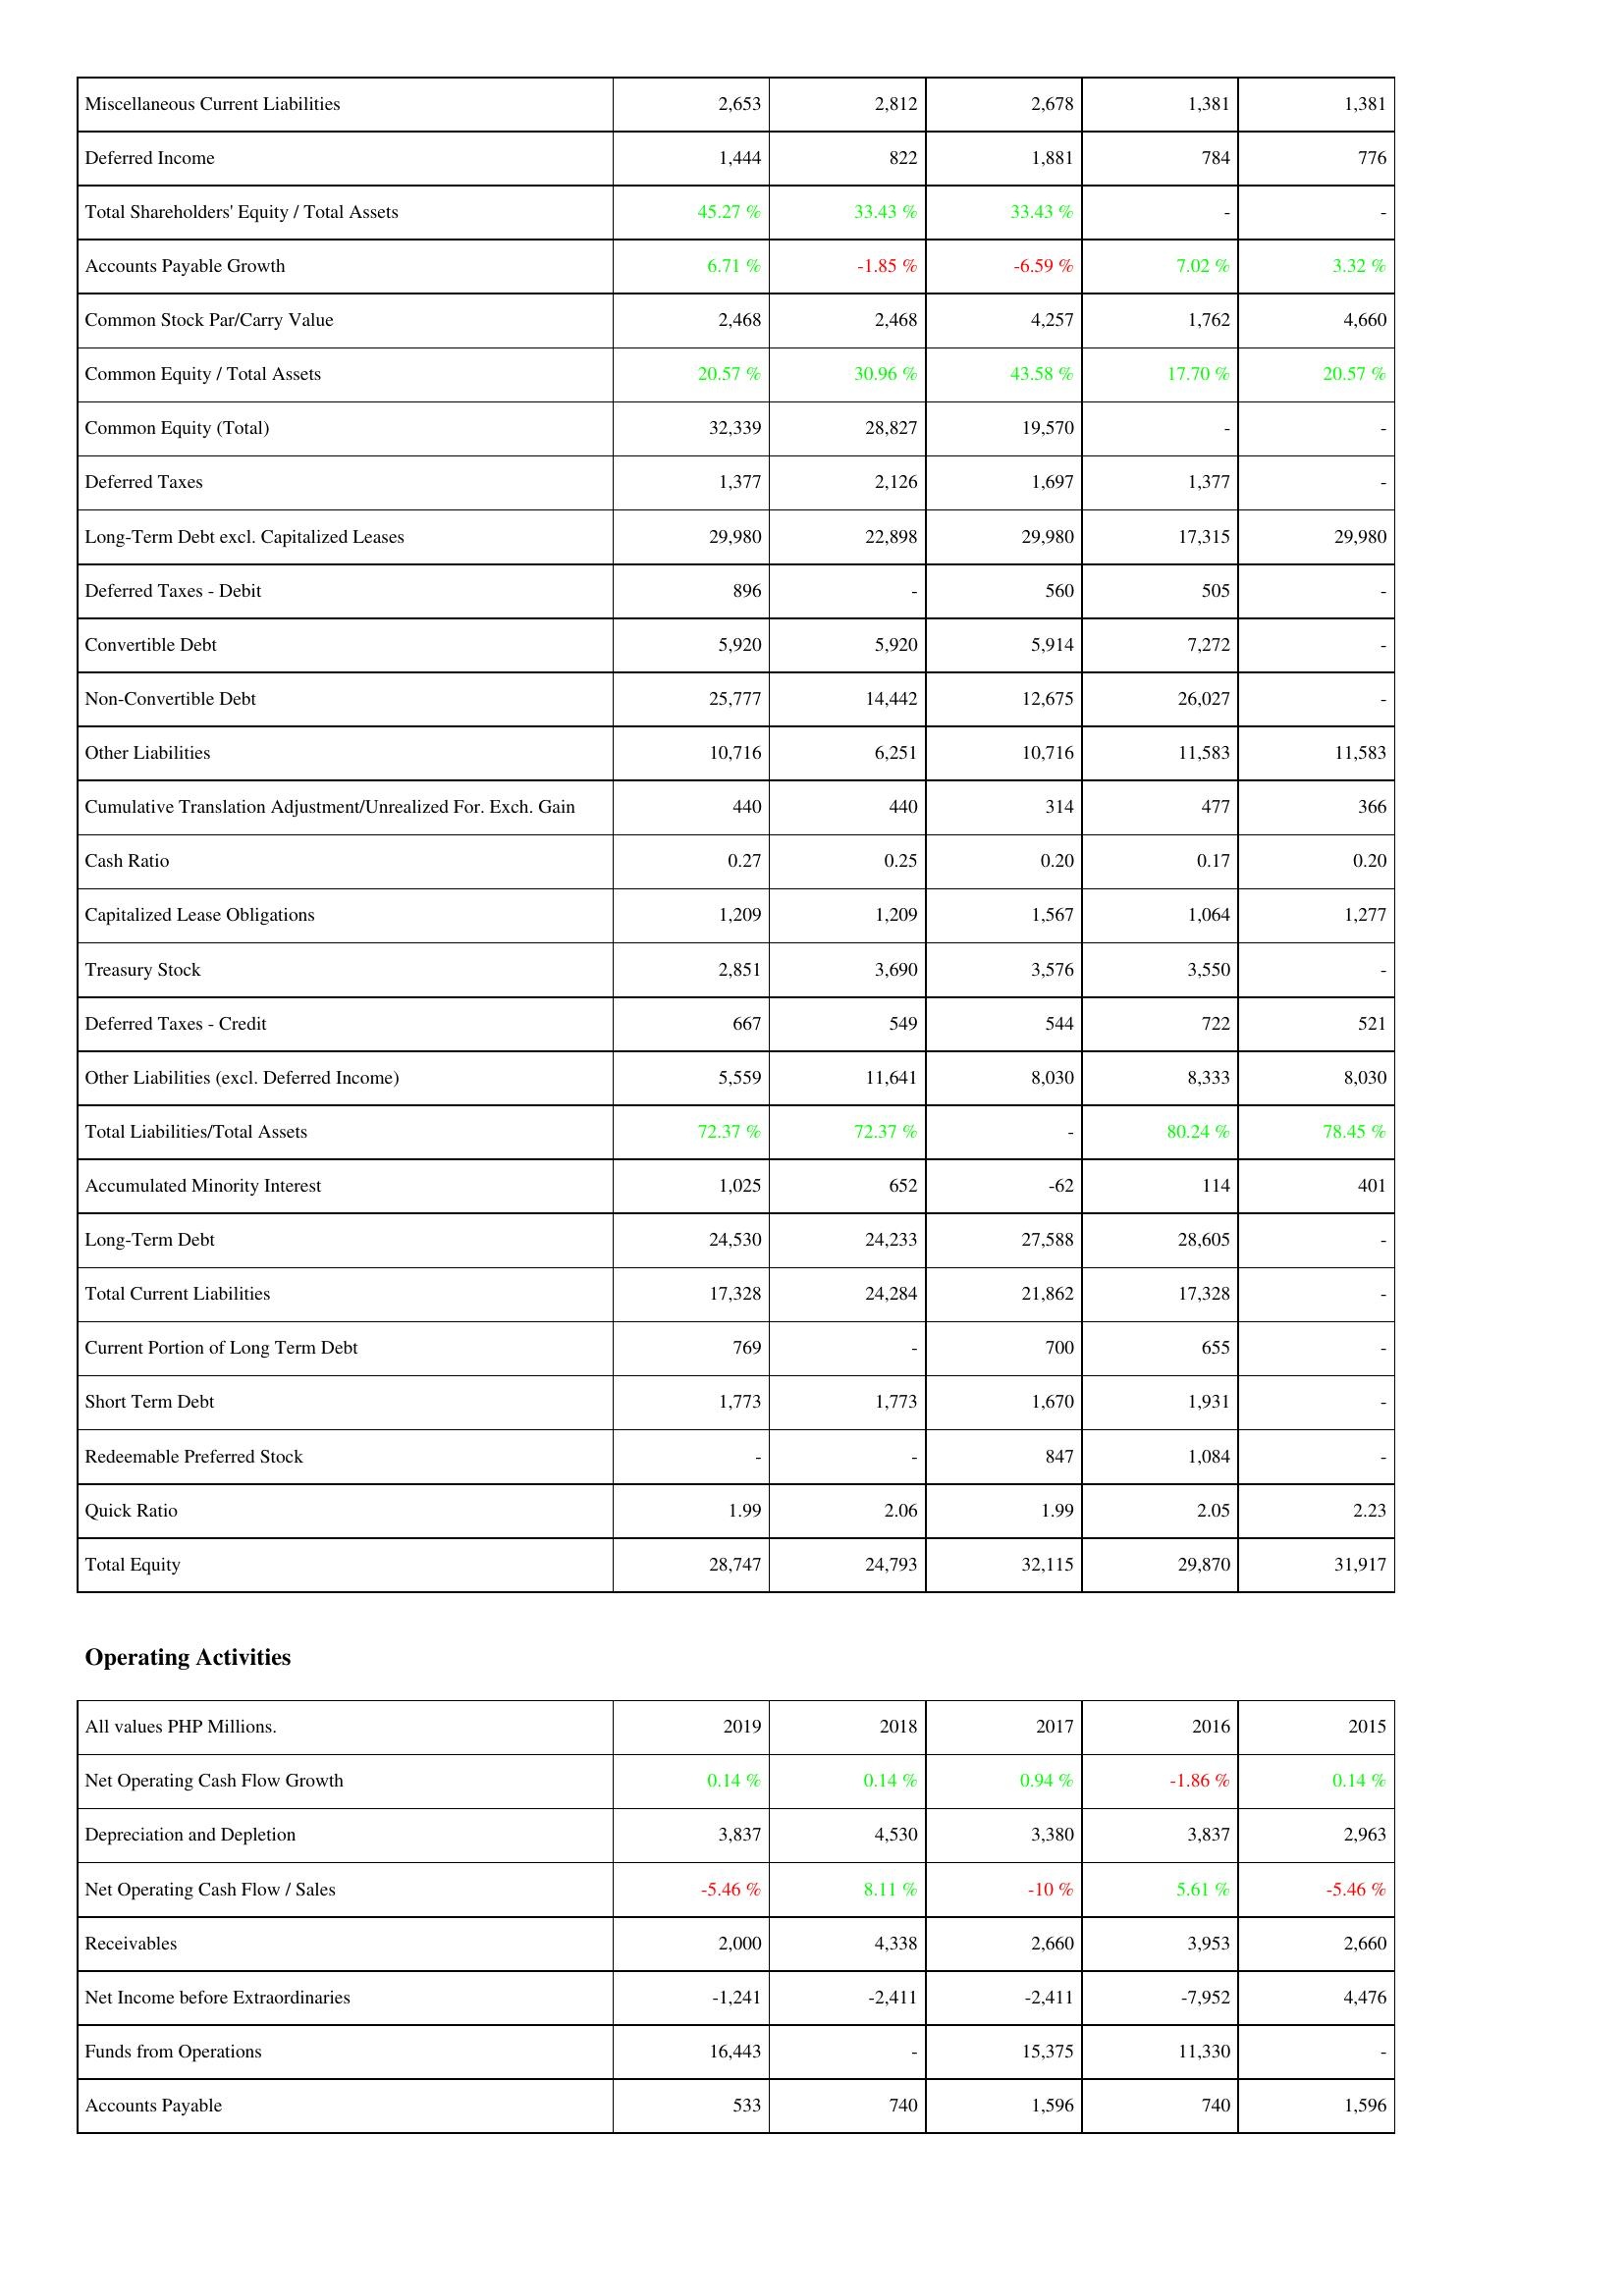
2019: Liabilities & Shareholders' Equity: Miscellaneous Current Liabilities: 2,653
Deferred Income: 1,444
Total Shareholders' Equity / Total Assets: 45.27 %
Accounts Payable Growth: 6.71 %
Common Stock Par/Carry Value: 2,468
Common Equity / Total Assets: 20.57 %
Common Equity (Total): 32,339
Deferred Taxes: 1,377
Long-Term Debt excl. Capitalized Leases: 29,980
Deferred Taxes - Debit: 896
Convertible Debt: 5,920
Non-Convertible Debt: 25,777
Other Liabilities: 10,716
Cumulative Translation Adjustment/Unrealized For. Exch. Gain: 440
Cash Ratio: 0.27
Capitalized Lease Obligations: 1,209
Treasury Stock: 2,851
Deferred Taxes - Credit: 667
Other Liabilities (excl. Deferred Income): 5,559
Total Liabilities/Total Assets: 72.37 %
Accumulated Minority Interest: 1,025
Long-Term Debt: 24,530
Total Current Liabilities: 17,328
Current Portion of Long Term Debt: 769
Short Term Debt: 1,773
Redeemable Preferred Stock: -
Quick Ratio: 1.99
Total Equity: 28,747
Operating Activities: Net Operating Cash Flow Growth: 0.14 %
Depreciation and Depletion: 3,837
Net Operating Cash Flow / Sales: -5.46 %
Receivables: 2,000
Net Income before Extraordinaries: -1,241
Funds from Operations: 16,443
Accounts Payable: 533
2018: Liabilities & Shareholders' Equity: Miscellaneous Current Liabilities: 2,812
Deferred Income: 822
Total Shareholders' Equity / Total Assets: 33.43 %
Accounts Payable Growth: -1.85 %
Common Stock Par/Carry Value: 2,468
Common Equity / Total Assets: 30.96 %
Common Equity (Total): 28,827
Deferred Taxes: 2,126
Long-Term Debt excl. Capitalized Leases: 22,898
Deferred Taxes - Debit: -
Convertible Debt: 5,920
Non-Convertible Debt: 14,442
Other Liabilities: 6,251
Cumulative Translation Adjustment/Unrealized For. Exch. Gain: 440
Cash Ratio: 0.25
Capitalized Lease Obligations: 1,209
Treasury Stock: 3,690
Deferred Taxes - Credit: 549
Other Liabilities (excl. Deferred Income): 11,641
Total Liabilities/Total Assets: 72.37 %
Accumulated Minority Interest: 652
Long-Term Debt: 24,233
Total Current Liabilities: 24,284
Current Portion of Long Term Debt: -
Short Term Debt: 1,773
Redeemable Preferred Stock: -
Quick Ratio: 2.06
Total Equity: 24,793
Operating Activities: Net Operating Cash Flow Growth: 0.14 %
Depreciation and Depletion: 4,530
Net Operating Cash Flow / Sales: 8.11 %
Receivables: 4,338
Net Income before Extraordinaries: -2,411
Funds from Operations: -
Accounts Payable: 740
2017: Liabilities & Shareholders' Equity: Miscellaneous Current Liabilities: 2,678
Deferred Income: 1,881
Total Shareholders' Equity / Total Assets: 33.43 %
Accounts Payable Growth: -6.59 %
Common Stock Par/Carry Value: 4,257
Common Equity / Total Assets: 43.58 %
Common Equity (Total): 19,570
Deferred Taxes: 1,697
Long-Term Debt excl. Capitalized Leases: 29,980
Deferred Taxes - Debit: 560
Convertible Debt: 5,914
Non-Convertible Debt: 12,675
Other Liabilities: 10,716
Cumulative Translation Adjustment/Unrealized For. Exch. Gain: 314
Cash Ratio: 0.20
Capitalized Lease Obligations: 1,567
Treasury Stock: 3,576
Deferred Taxes - Credit: 544
Other Liabilities (excl. Deferred Income): 8,030
Total Liabilities/Total Assets: -
Accumulated Minority Interest: -62
Long-Term Debt: 27,588
Total Current Liabilities: 21,862
Current Portion of Long Term Debt: 700
Short Term Debt: 1,670
Redeemable Preferred Stock: 847
Quick Ratio: 1.99
Total Equity: 32,115
Operating Activities: Net Operating Cash Flow Growth: 0.94 %
Depreciation and Depletion: 3,380
Net Operating Cash Flow / Sales: -10 %
Receivables: 2,660
Net Income before Extraordinaries: -2,411
Funds from Operations: 15,375
Accounts Payable: 1,596
2016: Liabilities & Shareholders' Equity: Miscellaneous Current Liabilities: 1,381
Deferred Income: 784
Total Shareholders' Equity / Total Assets: -
Accounts Payable Growth: 7.02 %
Common Stock Par/Carry Value: 1,762
Common Equity / Total Assets: 17.70 %
Common Equity (Total): -
Deferred Taxes: 1,377
Long-Term Debt excl. Capitalized Leases: 17,315
Deferred Taxes - Debit: 505
Convertible Debt: 7,272
Non-Convertible Debt: 26,027
Other Liabilities: 11,583
Cumulative Translation Adjustment/Unrealized For. Exch. Gain: 477
Cash Ratio: 0.17
Capitalized Lease Obligations: 1,064
Treasury Stock: 3,550
Deferred Taxes - Credit: 722
Other Liabilities (excl. Deferred Income): 8,333
Total Liabilities/Total Assets: 80.24 %
Accumulated Minority Interest: 114
Long-Term Debt: 28,605
Total Current Liabilities: 17,328
Current Portion of Long Term Debt: 655
Short Term Debt: 1,931
Redeemable Preferred Stock: 1,084
Quick Ratio: 2.05
Total Equity: 29,870
Operating Activities: Net Operating Cash Flow Growth: -1.86 %
Depreciation and Depletion: 3,837
Net Operating Cash Flow / Sales: 5.61 %
Receivables: 3,953
Net Income before Extraordinaries: -7,952
Funds from Operations: 11,330
Accounts Payable: 740
2015: Liabilities & Shareholders' Equity: Miscellaneous Current Liabilities: 1,381
Deferred Income: 776
Total Shareholders' Equity / Total Assets: -
Accounts Payable Growth: 3.32 %
Common Stock Par/Carry Value: 4,660
Common Equity / Total Assets: 20.57 %
Common Equity (Total): -
Deferred Taxes: -
Long-Term Debt excl. Capitalized Leases: 29,980
Deferred Taxes - Debit: -
Convertible Debt: -
Non-Convertible Debt: -
Other Liabilities: 11,583
Cumulative Translation Adjustment/Unrealized For. Exch. Gain: 366
Cash Ratio: 0.20
Capitalized Lease Obligations: 1,277
Treasury Stock: -
Deferred Taxes - Credit: 521
Other Liabilities (excl. Deferred Income): 8,030
Total Liabilities/Total Assets: 78.45 %
Accumulated Minority Interest: 401
Long-Term Debt: -
Total Current Liabilities: -
Current Portion of Long Term Debt: -
Short Term Debt: -
Redeemable Preferred Stock: -
Quick Ratio: 2.23
Total Equity: 31,917
Operating Activities: Net Operating Cash Flow Growth: 0.14 %
Depreciation and Depletion: 2,963
Net Operating Cash Flow / Sales: -5.46 %
Receivables: 2,660
Net Income before Extraordinaries: 4,476
Funds from Operations: -
Accounts Payable: 1,596